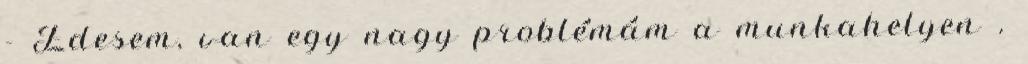
- Édesem, van egy nagy problémám a munkahelyen .